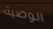
الوصية